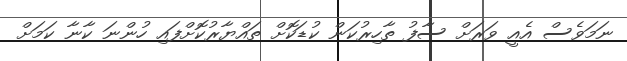
ނަމަވެސް އެއީ ވަރަށް ސާފު ތާހިރުކަން ކުޑަކޮށް ތައްޔާރުކޮށްފައި ހުންނަ ކާނާ ކަމަށް